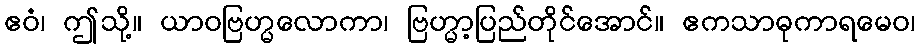
ဧဝံ၊ ဤသို့။ ယာဝဗြဟ္မလောကာ၊ ဗြဟ္မာ့ပြည်တိုင်အောင်။ ဧကသာဓုကာရမေဝ၊